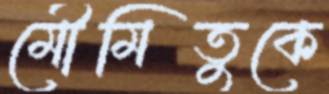
মৌমিতুকে